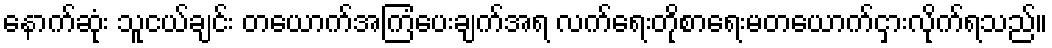
နောက်ဆုံး သူငယ်ချင်း တယောက်အကြံပေးချက်အရ လက်ရေးတိုစာရေးမတယောက်ငှားလိုက်ရသည်။